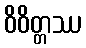
ဝိဝိတ္တဿ